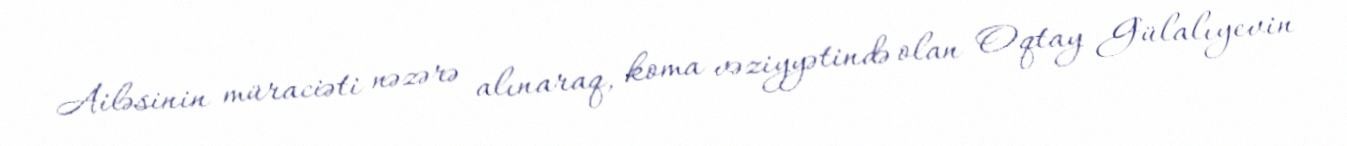
Ailəsinin müraciəti nəzərə alınaraq, koma vəziyyətində olan Oqtay Gülalıyevin